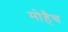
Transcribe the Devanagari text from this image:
मोहैच